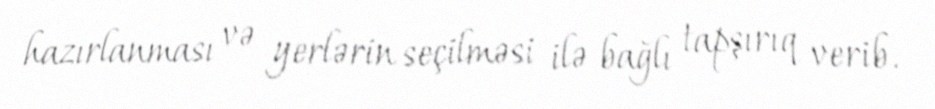
hazırlanması və yerlərin seçilməsi ilə bağlı tapşırıq verib.